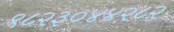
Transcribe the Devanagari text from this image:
९८२३०४४२८२